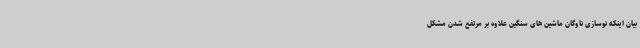
بیان اینکه نوسازی ناوگان ماشین های سنگین علاوه بر مرتفع شدن مشکل